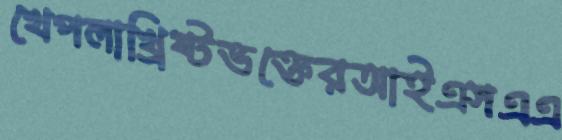
খেপলাখ্রিষ্টভক্তেরআইএসএএ